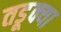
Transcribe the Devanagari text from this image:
तडूक्या